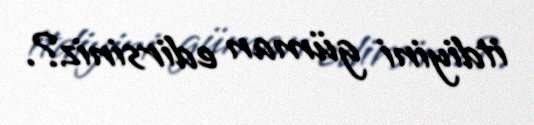
itdiyini güman edirsiniz?.